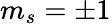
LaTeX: m_{s}=\pm 1